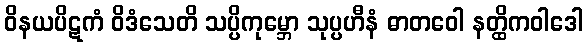
ဝိနယပိဋကံ ဝိဒံသေတိ သပ္ပိကုမ္ဘော သုပ္ပဟီနံ ဓာတဝေါ နတ္ထိကဝါဒေါ